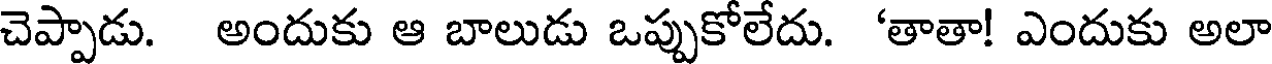
చెప్పాడు. అందుకు ఆ బాలుడు ఒప్పుకోలేదు. 'తాతా! ఎందుకు అలా